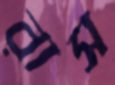
রাস